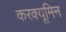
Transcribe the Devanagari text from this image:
करक्यूमिन